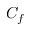
C _ { f }